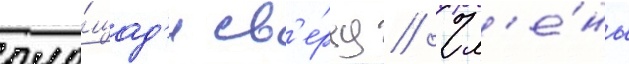
пло́щад'и св'е́рху // Чл'е́ны